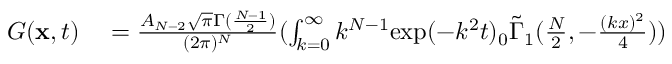
\begin{array} { r l } { G ( \mathbf { x } , t ) } & { { } = \frac { A _ { N - 2 } \sqrt { \pi } \Gamma ( \frac { N - 1 } { 2 } ) } { ( 2 \pi ) ^ { N } } ( \int _ { k = 0 } ^ { \infty } k ^ { N - 1 } \mathrm { e x p } ( - k ^ { 2 } t ) { } _ { 0 } \tilde { \Gamma } _ { 1 } ( \frac { N } { 2 } , - \frac { ( k x ) ^ { 2 } } { 4 } ) ) } \end{array}